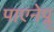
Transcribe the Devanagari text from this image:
पाएनेप्ल्